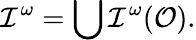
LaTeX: {\cal I}^{\omega}=\bigcup{\cal I}^{\omega}({\cal O}).